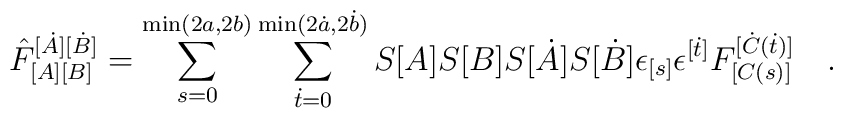
\hat F_{[A]  [B]}^{[\dot A][\dot B]}= \sum_{s=0}^{\min (2a,2b)}\sum_{\dot t=0}^{\min (2\dot a,2\dot b)}      S[A]S[B]S[\dot A]S[\dot B]	       \epsilon_{[s]}\epsilon^{[\dot t]}		     F_{[C(s)]}^{[\dot C(\dot t)]}\ \ \ .